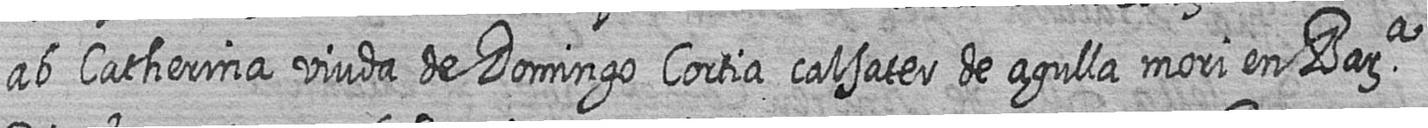
ab Catherina viuda de Domingo Cortia calsater de agulla mori en Bara